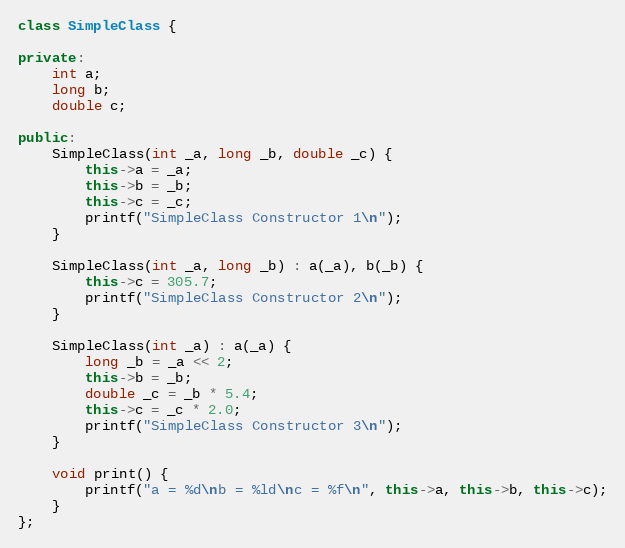
Language: C++
class SimpleClass {

private:
    int a;
    long b;
    double c;

public:
    SimpleClass(int _a, long _b, double _c) {
        this->a = _a;
        this->b = _b;
        this->c = _c;
        printf("SimpleClass Constructor 1\n");
    }

    SimpleClass(int _a, long _b) : a(_a), b(_b) {
        this->c = 305.7;
        printf("SimpleClass Constructor 2\n");
    }

    SimpleClass(int _a) : a(_a) {
        long _b = _a << 2;
        this->b = _b;
        double _c = _b * 5.4;
        this->c = _c * 2.0;
        printf("SimpleClass Constructor 3\n");
    }

    void print() {
        printf("a = %d\nb = %ld\nc = %f\n", this->a, this->b, this->c);
    }
};